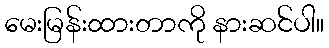
မေးမြန်းထားတာကို နားဆင်ပါ။